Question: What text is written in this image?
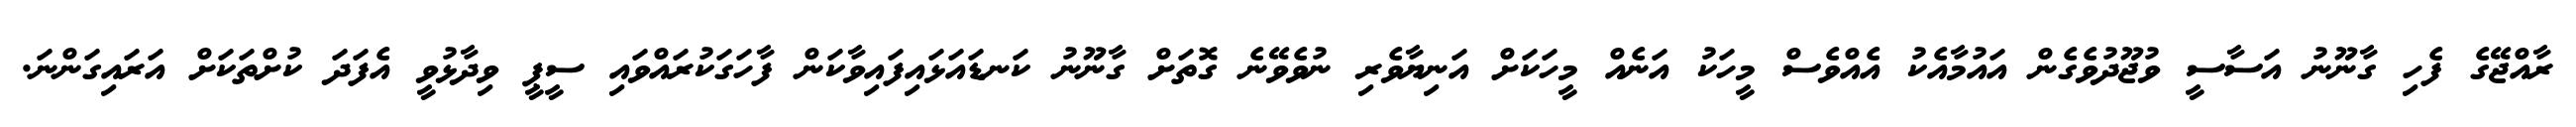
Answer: ރާއްޖޭގެ ފެހި ގާނޫނު އަސާސީ ވުޖޫދުވެގެން އައުމާއެކު އެއްވެސް މީހަކު އަނެއް މީހަކަށް އަނިޔާވެރި ނުވެވޭނެ ގޮތަށް ގާނޫނު ކަނޑައަޅައިފައިވާކަން ފާހަގަކުރައްވައި ސީޕީ ވިދާޅުވީ އެފަދަ ކުށްތަކަށް އަރައިގަންނަ.